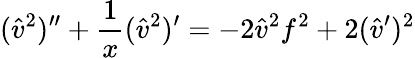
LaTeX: ({\hat{v}}^{2})^{\prime\prime}+{\frac{1}{x}}({\hat{v}}^{2})^{\prime}=-2{\hat{v}}^{2}f^{2}+2({\hat{v}}^{\prime})^{2}